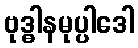
ဗုဒ္ဓါနမုပ္ပါဒေါ